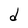
Character: d